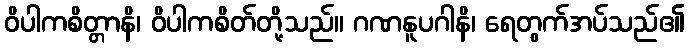
ဝိပါကစိတ္တာနိ၊ ဝိပါကစိတ်တို့သည်။ ဂဏနူပဂါနိ၊ ရေတွက်အပ်သည်၏